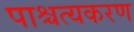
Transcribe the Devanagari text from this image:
पाश्चत्यकरण